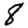
Digit: 8